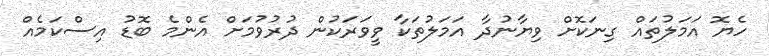
ހެޔޮ އަމަލުތައް ގިނަކޮށް ވިޔާނުދާ އަމަލުތަކާ ވީވަރަކުން ދުރުވުމަށް އެންމެ ބޮޑު އިސްކަމެއް